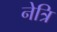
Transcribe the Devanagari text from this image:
नेत्रि